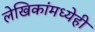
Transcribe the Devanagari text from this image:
लेखिकांमध्येही